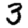
Digit: 3